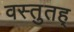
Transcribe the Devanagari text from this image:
वस्तुतह्